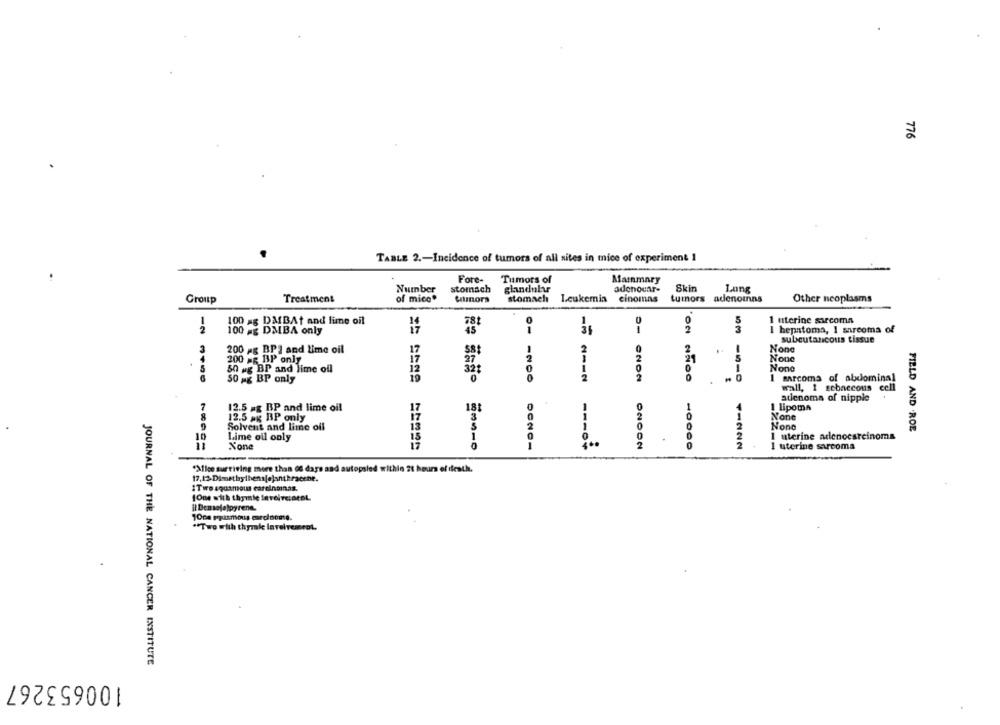
776
TABLE 2 .- Incidence of tumors of all sites in mice of experiment 1
Fore-
Tumors of
Mainmary
Number
stomach
glandular
adenocar-
Skin
Lung
of mico*
tilmors
stomach
Leukemia
cinomas
tumors adenoinns
Other neoplasms
Group
Treatment
5
1 uterine sarcoma
100 ag DAIBAt and lime oil
78t
0
2
100 #g DMBA only
45
1
35
1
hepstoma, I sarcoma of
subcutancous tissue
2
3
200 ag BPI and Lime oil
17
1
2
5
.
200 =g BP only
17
27
2
2
21
50 ug BP and lime ofl
12
321
0
0
19
2
2.
I sarcoma of abdominal
50 mg BP only
wall, 1 gcbaccous cell
adenoma of nipple
1 lipoma
12.5 ag BP and lime oil
17
181
8
12.5 ag BP only
17
Solvent and lime off
13
0
FIELD AND .ROE
I uterine adenocarcinoma
Lime oil only
is
2
17
1 uterine sarcoma
"Mice surviving more than of days and autopsied within 28 hours of death.
1Twe squamous carelnoinas.
(One with thymie leveiveinteL
"Two with thymake Involvement,
JOURNAL OF THE NATIONAL CANCER INSTITUTE
100653267